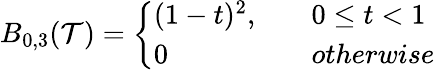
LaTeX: B_{0,3}(\mathcal{T})=\left\{ \begin{array}{ll}{(1-t)^{2},\quad}&{0\leq t<1}\\ {0\quad}&{otherwise}\end{array}\right.